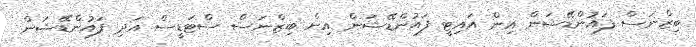
ބިޒްނަސް ފައުންޑޭޝަން އިން އައިޓީ ފައުންޑޭޝަން އިން ބިޒްނަސް ސްޓަޑީސް އަދި ފައުންޑޭޝަން